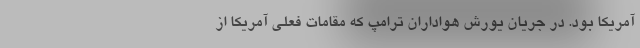
آمریکا بود. در جریان یورش هواداران ترامپ که مقامات فعلی آمریکا از